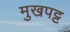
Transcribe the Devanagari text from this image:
मुखपट्ट